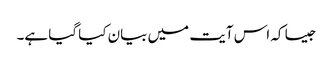
جیسا کہ اس آیت میں بیان کیا گیا ہے۔